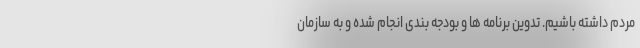
مردم داشته باشیم. تدوین برنامه ها و بودجه بندی انجام شده و به سازمان